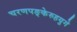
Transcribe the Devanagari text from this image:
चरणपङ्केरुहयुगे